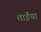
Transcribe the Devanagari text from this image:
ताईंचा